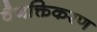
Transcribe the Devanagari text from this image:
वैयक्तिकरण